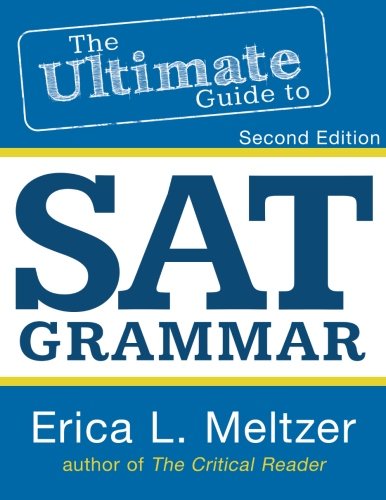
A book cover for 2nd Edition, The Ultimate Guide to SAT Grammar; Erica Meltzer; Test Preparation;